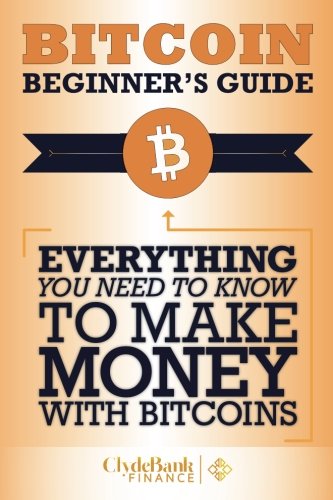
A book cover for Bitcoin Beginner's Guide: Everything You Need To Know To Make Money With Bitcoins; ClydeBank Finance; Computers & Technology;